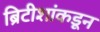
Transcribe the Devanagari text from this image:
ब्रिटीशांकडून